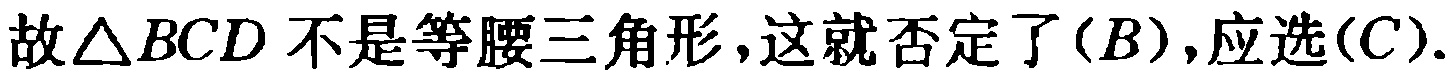
故$\triangle BCD$不是等腰三角形,这就否定了$(B)$,应选$(C)$.